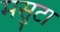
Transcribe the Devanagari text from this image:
मसुटा